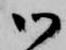
御